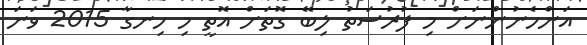
އަންހެނުންނަށް މި ފުރުސަތު ލިބޭ ގޮތަށް އޮތީ މި ހިނގާ 2015 ވަނަ